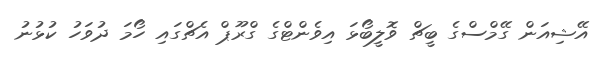
އޭޝިއަން ގޭމްސްގެ ބީޗް ވޮލީބޯޅަ އިވެންޓްގެ ގްރޫޕް އެޗްގައި ހޯމަ ދުވަހު ކުޅުނު